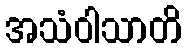
အသံဝါသာတိ